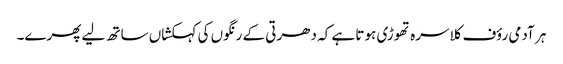
ہر آدمی رؤف کلاسرہ تھوڑی ہوتا ہے کہ دھرتی کے رنگوں کی کہکشاں ساتھ لیے پھرے۔